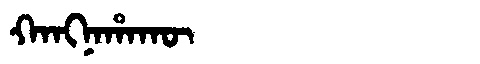
Manchu: ᡴᠠᠩᠨᠠᡥᠠᡴᡡ
Romanization: KANGNAHAKŪ